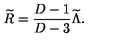
{ \widetilde R } = { \frac { D - 1 } { D - 3 } } { \widetilde \Lambda } .